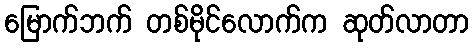
မြောက်ဘက် တစ်မိုင်လောက်က ဆုတ်လာတာ